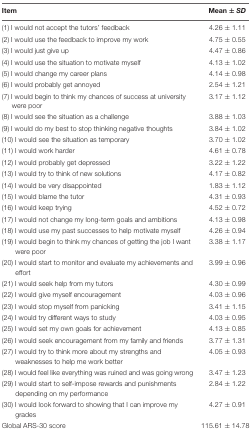
| Item | Mean ±SD |
 | --- | --- |
 | (1) I would not accept the tutors’ feedback | 4.26 ± 1.11 |
 | (2) I would use the feedback to improve my work | 4.75 ± 0.55 |
 | (3) I would just give up | 4.47 ± 0.86 |
 | (4) I would use the situation to motivate myself | 4.13 ± 1.02 |
 | (5) I would change my career plans | 4.14 ± 0.98 |
 | (6) I would probably get annoyed | 2.54 ± 1.21 |
 | (7) I would begin to think my chances of success at university were poor | 3.17 ± 1.12 |
 | (8) I would see the situation as a challenge | 3.88 ± 1.03 |
 | (9) I would do my best to stop thinking negative thoughts | 3.84 ± 1.02 |
 | (10) I would see the situation as temporary | 3.70 ± 1.02 |
 | (11) I would work harder | 4.61 ± 0.78 |
 | (12) I would probably get depressed | 3.22 ± 1.22 |
 | (13) I would try to think of new solutions | 4.17 ± 0.82 |
 | (14) I would be very disappointed | 1.83 ± 1.12 |
 | (15) I would blame the tutor | 4.31 ± 0.93 |
 | (16) I would keep trying | 4.52 ± 0.72 |
 | (17) I would not change my long-term goals and ambitions | 4.13 ± 0.98 |
 | (18) I would use my past successes to help motivate myself | 4.26 ± 0.94 |
 | (19) I would begin to think my chances of getting the job I want were poor | 3.38 ± 1.17 |
 | (20) I would start to monitor and evaluate my achievements and effort | 3.99 ± 0.96 |
 | (21) I would seek help from my tutors | 4.30 ± 0.99 |
 | (22) I would give myself encouragement | 4.03 ± 0.96 |
 | (23) I would stop myself from panicking | 3.41 ± 1.15 |
 | (24) I would try different ways to study | 4.03 ± 0.95 |
 | (25) I would set my own goals for achievement | 4.13 ± 0.85 |
 | (26) I would seek encouragement from my family and friends | 3.77 ± 1.31 |
 | (27) I would try to think more about my strengths and weaknesses to help me work better | 4.05 ± 0.93 |
 | (28) I would feel like everything was ruined and was going wrong | 3.47 ± 1.23 |
 | (29) I would start to self-impose rewards and punishments depending on my performance | 2.84 ± 1.22 |
 | (30) I would look forward to showing that I can improve my grades | 4.27 ± 0.91 |
 | Global ARS-30 score | 115.61 ± 14.78 |